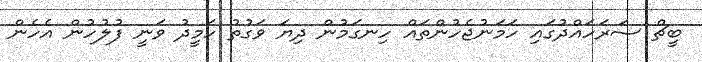
ބީޗް ސަރަހައްދުގައި ހަމަނުޖެހުންތައް ހިނގަމުން ދިޔަ ވަގުތު ހަމީދު ވަނީ ފުލުހުން އެހެން